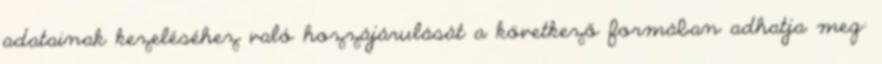
adatainak kezeléséhez való hozzájárulását a következő formában adhatja meg: